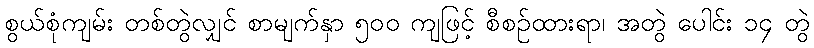
စွယ်စုံကျမ်း တစ်တွဲလျှင် စာမျက်နှာ ၅၀၀ ကျဖြင့် စီစဉ်ထားရာ၊ အတွဲ ပေါင်း ၁၄ တွဲ